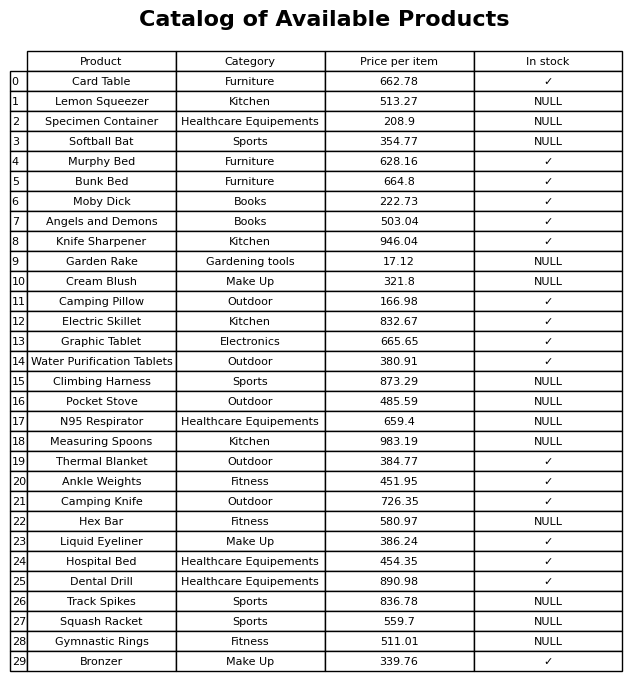
question: What is the price of the Knife Sharpener?
answer: The price of Knife Sharpener is 946.04.